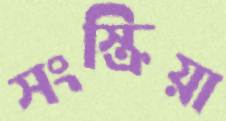
সংস্ক্রিয়া